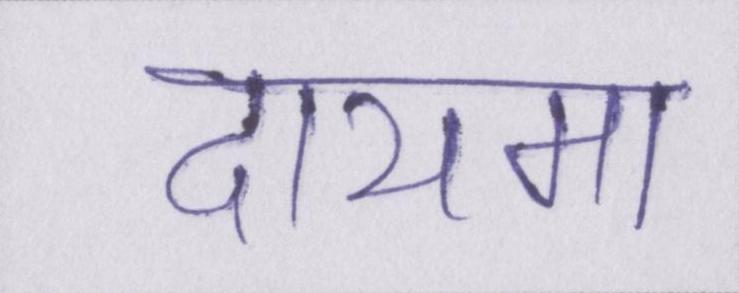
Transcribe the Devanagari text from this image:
दायमा